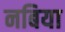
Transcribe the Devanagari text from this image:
नबिया